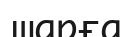
шарға